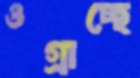
ওগ্‌রাচ্ছে